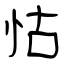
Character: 怙